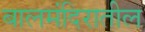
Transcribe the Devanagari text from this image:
बालमंदिरातील